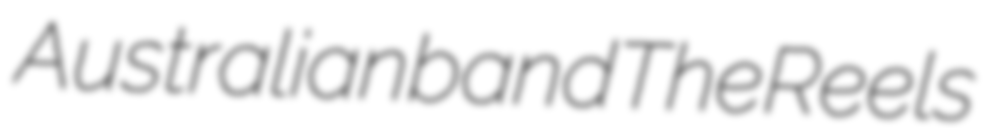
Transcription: Australian band The Reels